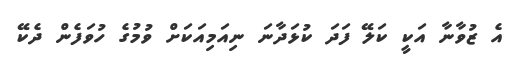
އެ ޒުވާނާ އަކީ ކަލޭ ފަދަ ކުޅަދާނަ ނިއަމިއަކަށް ވުމުގެ ހުވަފެން ދެކޭ